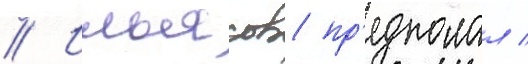
// Ильясов пр'едполал /